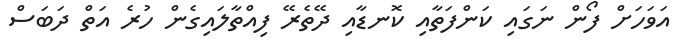
އަވަހަށް ފޯން ނަގައި ކަންފަތާއި ކޮނޑާއި ދޭތެރޭ ފިއްތާލައިގެން ހުރެ އަތް ދަބަސް